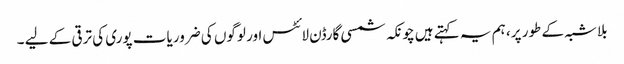
بلاشبہ کے طور پر، ہم یہ کہتے ہیں چونکہ شمسی گارڈن لائٹس اور لوگوں کی ضروریات پوری کی ترقی کے لیے ۔